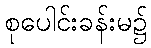
စုပေါင်းခန်းမ၌